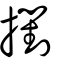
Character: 𢷮